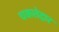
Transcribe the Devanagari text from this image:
चकत्तेदार